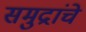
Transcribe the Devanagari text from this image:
समुद्रांचे